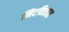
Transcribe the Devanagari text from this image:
मिटवितात